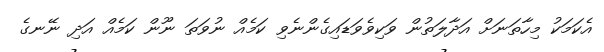
އެކަމަކު މިހާތަނަށް އަދާލަތުން ވަކިވެވަޑައިގެންނެވި ކަމެއް ނުވަތަ ނޫން ކަމެއް އަދި ނޭނގެ